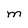
Character: m